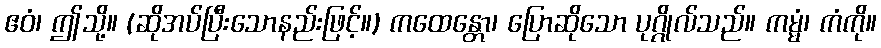
ဧဝံ၊ ဤသို့။ (ဆိုအပ်ပြီးသောနည်းဖြင့်။) ကထေန္တော၊ ပြောဆိုသော ပုဂ္ဂိုလ်သည်။ ကမ္မံ၊ ကံကို။